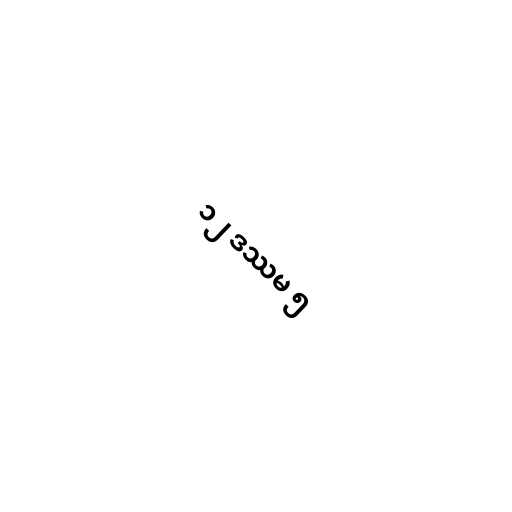
၁၂ ဒဿမ ၅